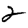
Digit: 2